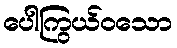
ပေါကြွယ်ဝသော